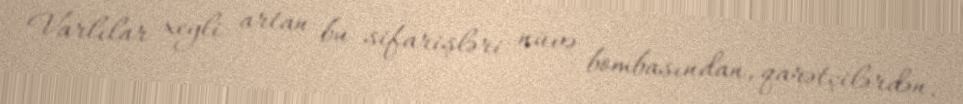
Varlılar xeyli artan bu sifarişləri nüvə bombasından, qarətçilərdən,